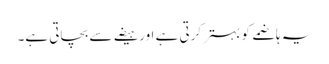
یہ ہاضمے کو بہتر کرتی ہے اور ہیضے سے بچاتی ہے۔